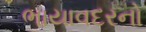
ભાયાવદરનો